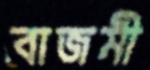
বাজমী